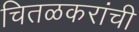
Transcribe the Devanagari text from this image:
चितळकरांची